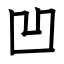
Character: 凹